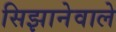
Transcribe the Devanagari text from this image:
सिझानेवाले